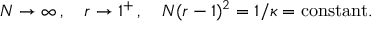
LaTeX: N \rightarrow \infty \, , \quad r \rightarrow 1 ^ { + } \, , \quad N ( r - 1 ) ^ { 2 } = 1 / \kappa = \mathrm { c o n s t a n t } .